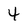
Character: 4